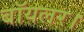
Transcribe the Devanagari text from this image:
बॉयलर।